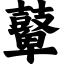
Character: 鼙